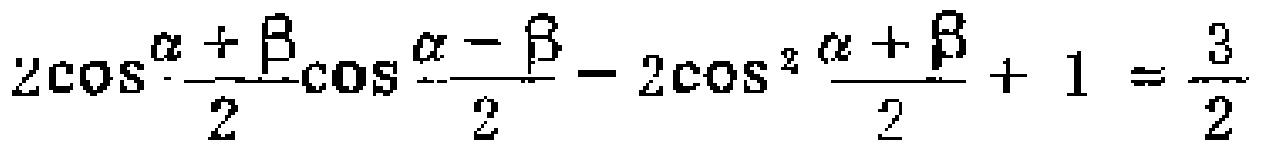
$2\cos\frac{\alpha + \beta}{2}\cos\frac{\alpha - \beta}{2}-2\cos^{2}\frac{\alpha + \beta}{2}+1=\frac{3}{2}$